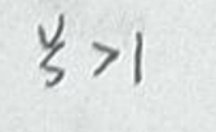
$y _ { 3 } > 1$